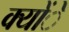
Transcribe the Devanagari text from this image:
क्योंे